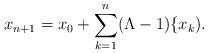
LaTeX: \begin{align*}x_{n+1}=x_{0}+\sum\limits_{k=1}^{n}(\Lambda-1) \{x_{k}).\end{align*}